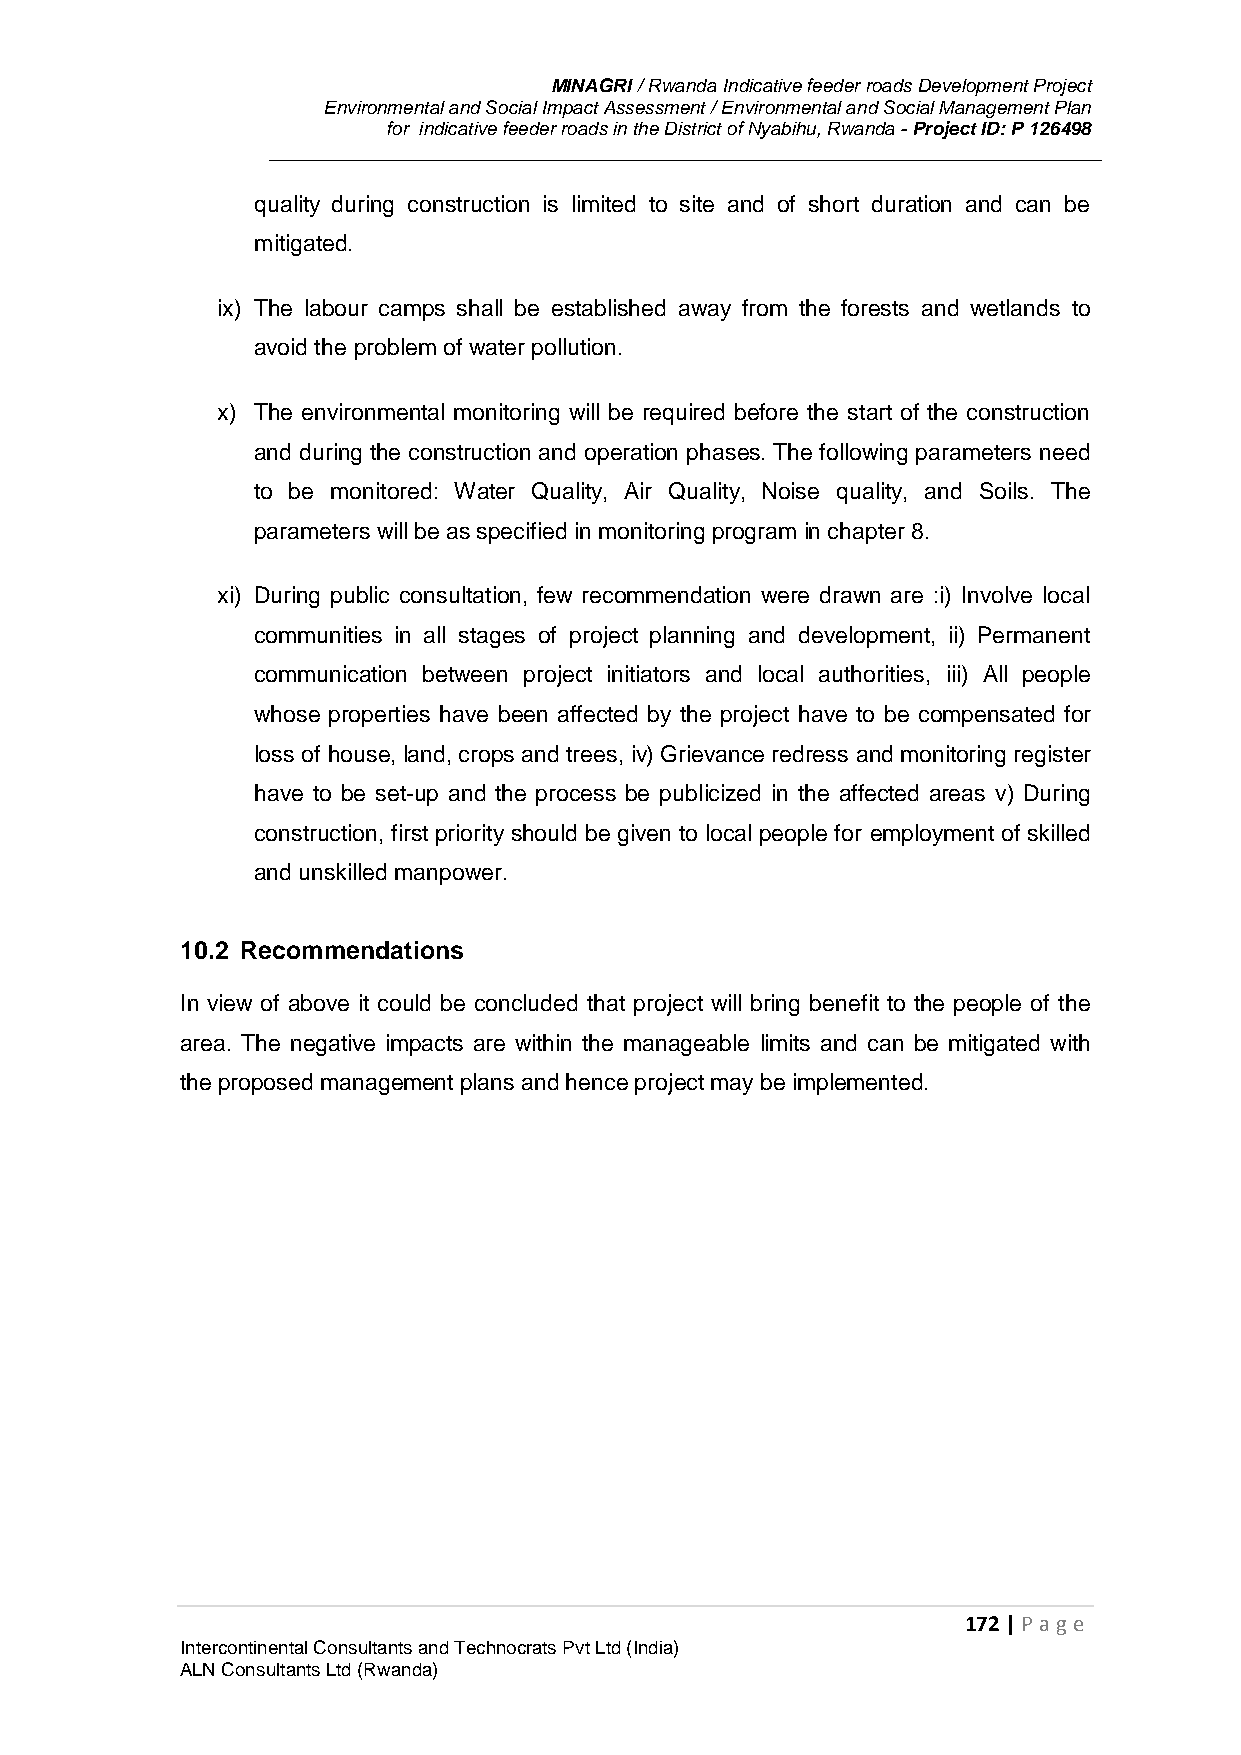
MINAGRI / Rwanda Indicative feeder roads Development Project
 Environmental and Social Impact Assessment / Environmental and Social Management Plan
 for indicative feeder roads in the District of Nyabihu, Rwanda - Project ID: P 126498
 quality during construction is limited to site and of short duration and can be
 mitigated.
 ix) The labour camps shall be established away from the forests and wetlands to
 avoid the problem of water pollution.
 x) The environmental monitoring will be required before the start of the construction
 and during the construction and operation phases. The following parameters need
 to be monitored: Water Quality, Air Quality, Noise quality, and Soils. The
 parameters will be as specified in monitoring program in chapter 8.
 xi) During public consultation, few recommendation were drawn are :i) Involve local
 communities in all stages of project planning and development, ii) Permanent
 communication between project initiators and local authorities, iii) All people
 whose properties have been affected by the project have to be compensated for
 loss of house, land, crops and trees, iv) Grievance redress and monitoring register
 have to be set-up and the process be publicized in the affected areas v) During
 construction, first priority should be given to local people for employment of skilled
 and unskilled manpower.
 10.2 Recommendations
 In view of above it could be concluded that project will bring benefit to the people of the
 area. The negative impacts are within the manageable limits and can be mitigated with
 the proposed management plans and hence project may be implemented.
 172 | P age
 Intercontinental Consultants and Technocrats Pvt Ltd (India)
 ALN Consultants Ltd (Rwanda)